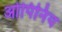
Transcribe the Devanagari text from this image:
ओपिनिय